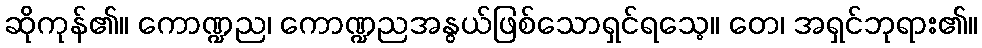
ဆိုကုန်၏။ ကောဏ္ဍည၊ ကောဏ္ဍညအနွယ်ဖြစ်သောရှင်ရသေ့။ တေ၊ အရှင်ဘုရား၏။